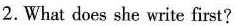
2. What does she write first?